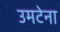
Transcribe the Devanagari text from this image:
उमटेना